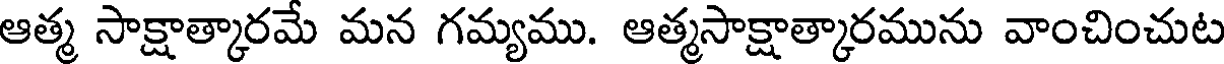
ఆత్మ సాక్షాత్కారమే మన గమ్యము. ఆత్మసాక్షాత్కారమును వాంచించుట